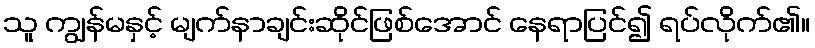
သူ ကျွန်မနှင့် မျက်နာချင်းဆိုင်ဖြစ်အောင် နေရာပြင်၍ ရပ်လိုက်၏။